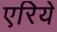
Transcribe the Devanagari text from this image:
एरिये